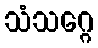
သံသဂ္ဂေ